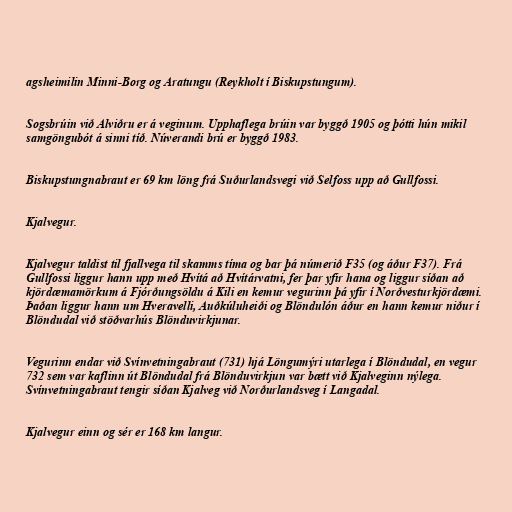
agsheimilin Minni-Borg og Aratungu (Reykholt í Biskupstungum).

Sogsbrúin við Alviðru er á veginum. Upphaflega brúin var byggð 1905 og þótti hún mikil
samgöngubót á sinni tíð. Núverandi brú er byggð 1983.

Biskupstungnabraut er 69 km löng frá Suðurlandsvegi við Selfoss upp að Gullfossi.

Kjalvegur.

Kjalvegur taldist til fjallvega til skamms tíma og bar þá númerið F35 (og áður F37). Frá
Gullfossi liggur hann upp með Hvítá að Hvítárvatni, fer þar yfir hana og liggur síðan að
kjördæmamörkum á Fjórðungsöldu á Kili en kemur vegurinn þá yfir í Norðvesturkjördæmi.
Þaðan liggur hann um Hveravelli, Auðkúluheiði og Blöndulón áður en hann kemur niður í
Blöndudal við stöðvarhús Blönduvirkjunar.

Vegurinn endar við Svínvetningabraut (731) hjá Löngumýri utarlega í Blöndudal, en vegur
732 sem var kaflinn út Blöndudal frá Blönduvirkjun var bætt við Kjalveginn nýlega.
Svínvetningabraut tengir síðan Kjalveg við Norðurlandsveg í Langadal.

Kjalvegur einn og sér er 168 km langur.